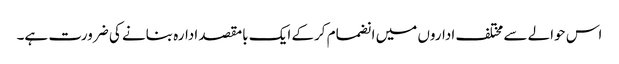
اس حوالے سے مختلف اداروں میں انضمام کرکے ایک بامقصد ادارہ بنانے کی ضرورت ہے۔